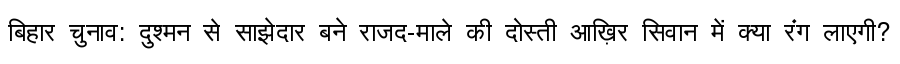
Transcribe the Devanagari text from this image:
बिहार चुनाव: दुश्मन से साझेदार बने राजद-माले की दोस्ती आख़िर सिवान में क्या रंग लाएगी?